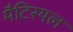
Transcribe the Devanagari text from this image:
मैटिरयल